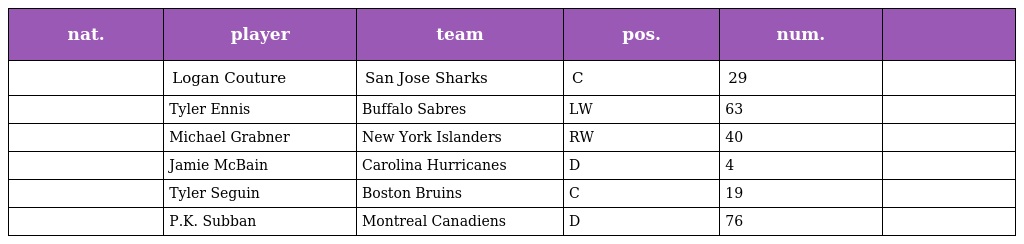
| nat. | player | team | pos. | num. |  |
 | --- | --- | --- | --- | --- | --- |
 |  | Logan Couture | San Jose Sharks | C | 29 |  |
 |  | Tyler Ennis | Buffalo Sabres | LW | 63 |  |
 |  | Michael Grabner | New York Islanders | RW | 40 |  |
 |  | Jamie McBain | Carolina Hurricanes | D | 4 |  |
 |  | Tyler Seguin | Boston Bruins | C | 19 |  |
 |  | P.K. Subban | Montreal Canadiens | D | 76 |  |